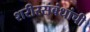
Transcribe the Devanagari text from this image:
शरीरसंबंधांची